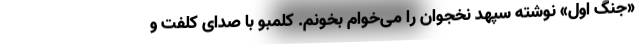
«جنگ اول» نوشته سپهد نخجوان را می‌خوام بخونم. کلمبو با صدای کلفت و